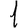
Digit: 1